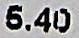
5.40